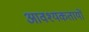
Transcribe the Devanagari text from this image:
आवश्यकतायों